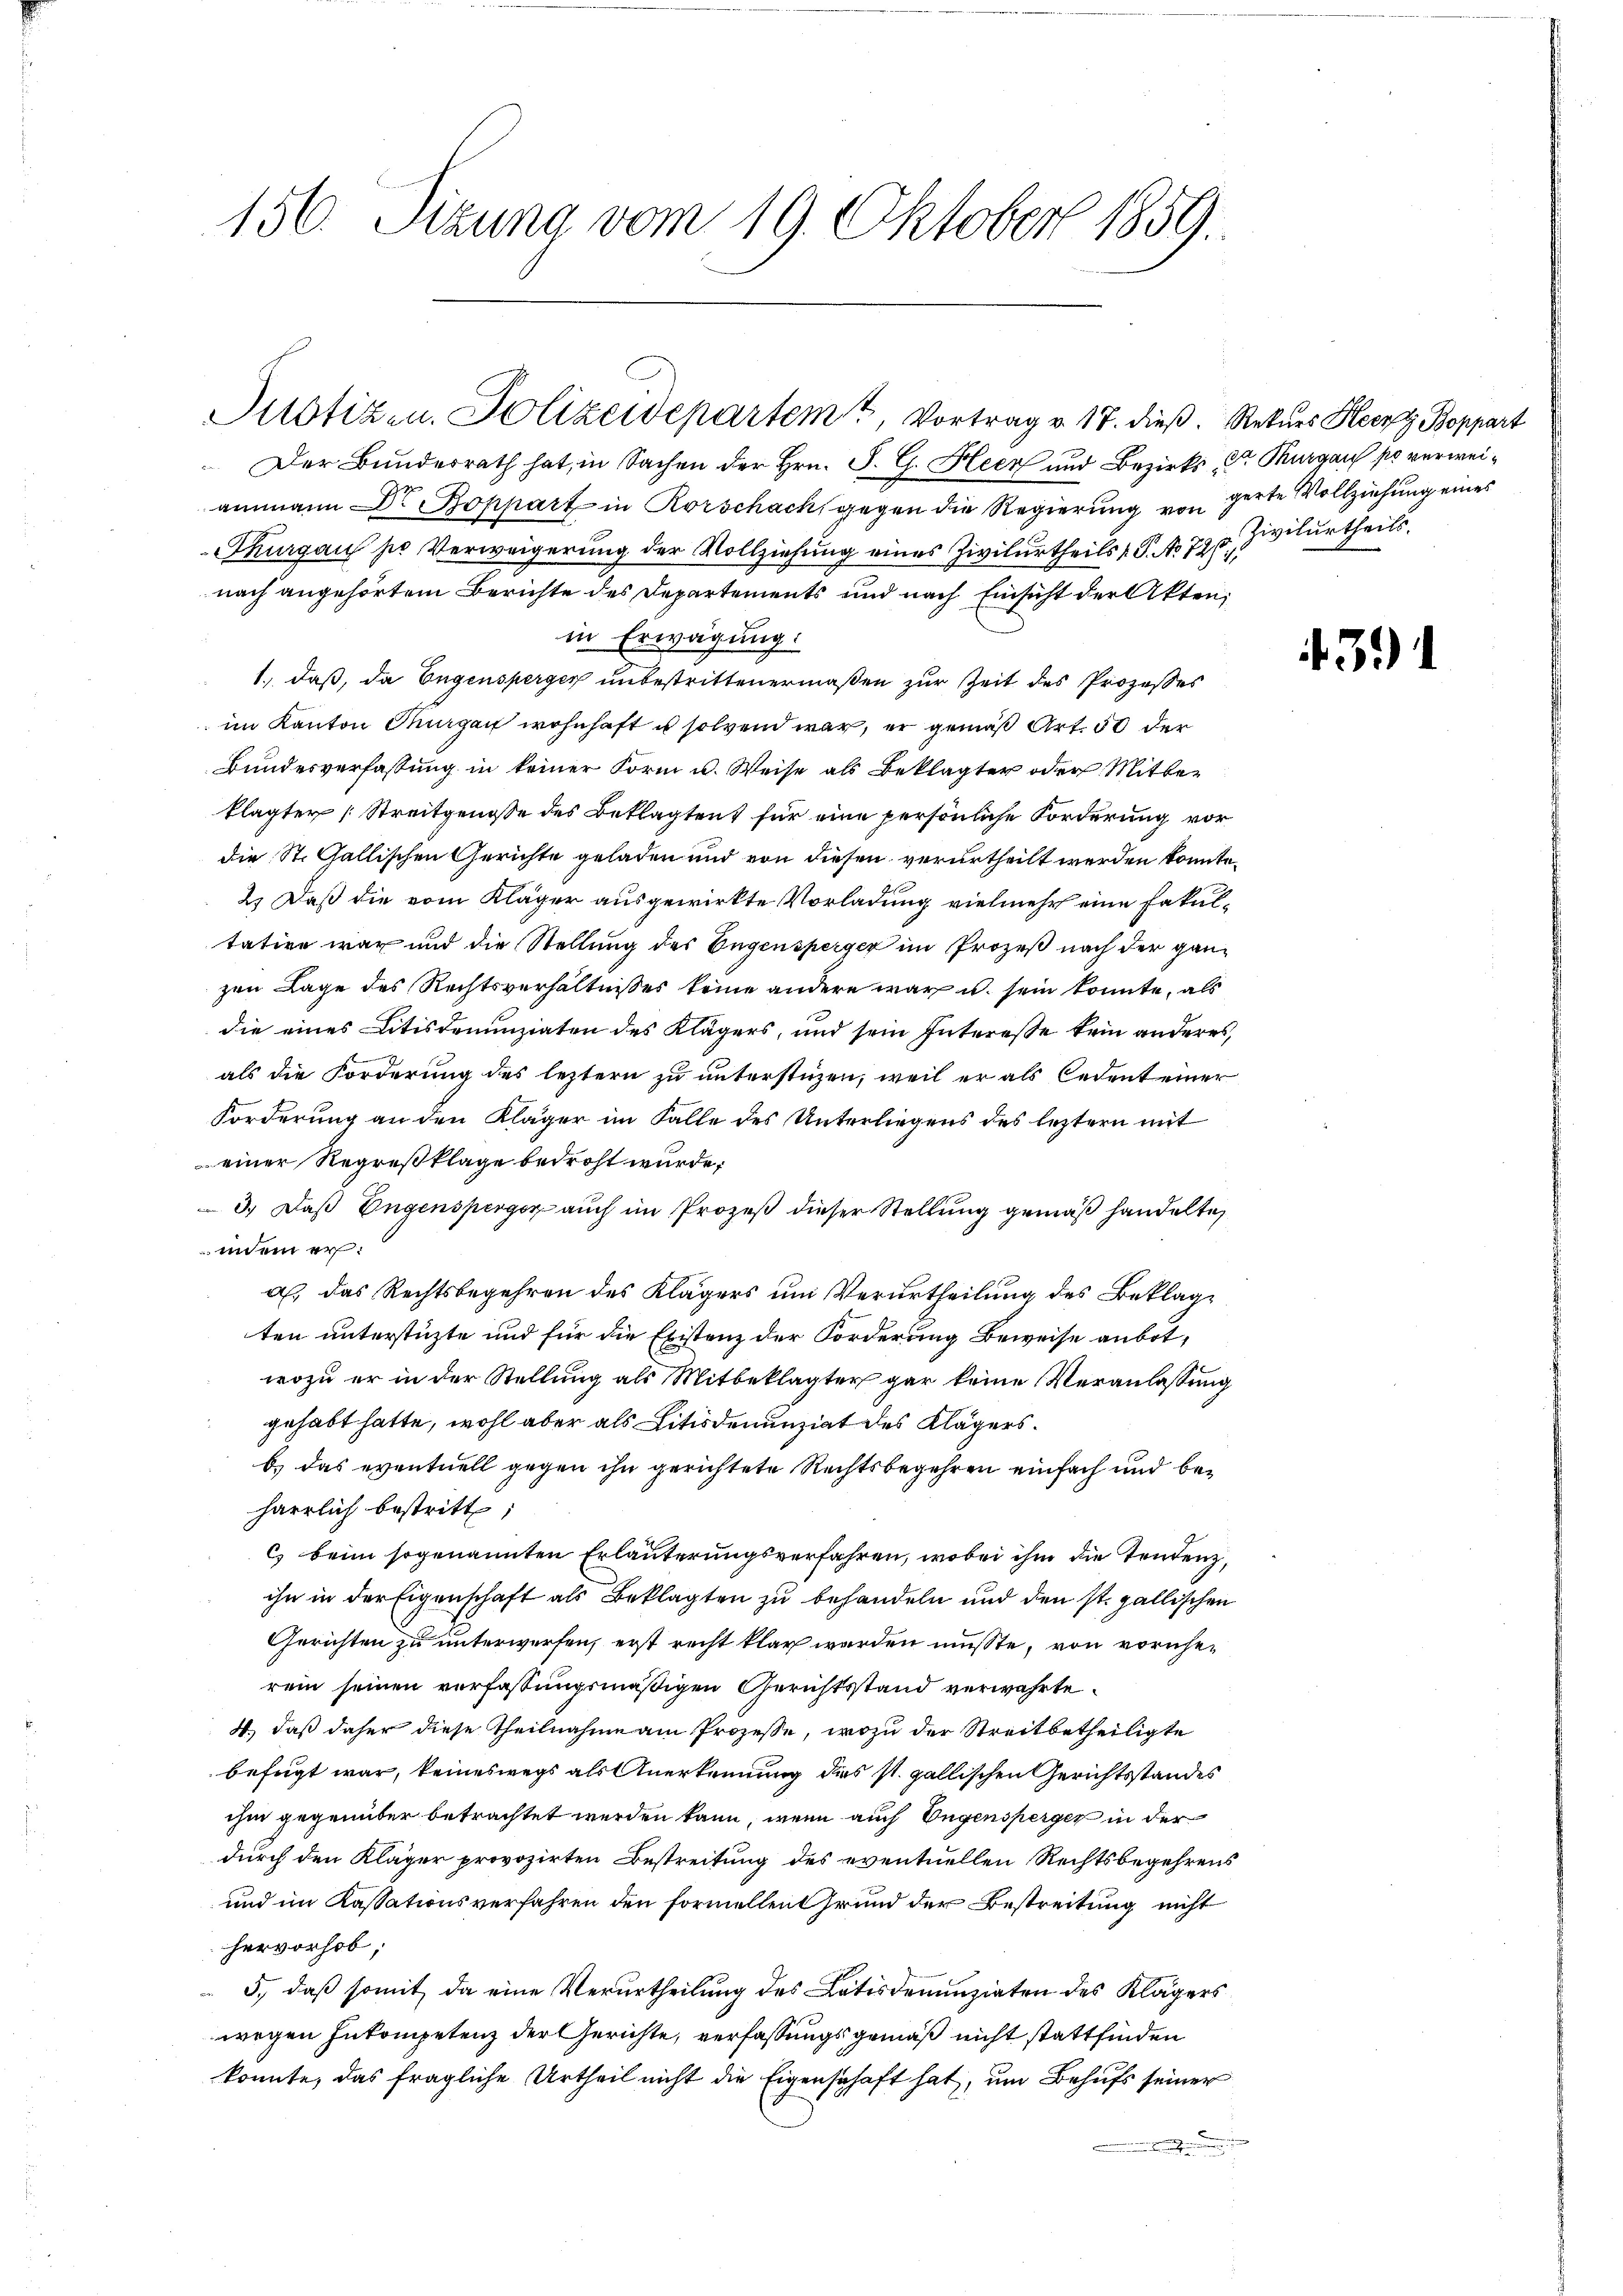
156. Sizung vom 19. Oktober 1859.

Justizen. Polizeidepartemt, Vortrag v. 17. dieß. Rekurs Heere Boppart

Der Bunderrath hat, in Sachen der Hrn. P. G. Heer und Bezirks, der Thurgau so verweiammann Dr. Boppart in Rorschack, gegen die Regierung von gerte Vollziehung eines
Thurgau so Verweigerung der Vollziehung eines Zivilurtheils 1 S. No 720. Zivilurtheils.
nach angehörtem Berichte des Departements und nach Einsicht der Akten,
in Erwägung:
1., daß, da Engensperger unbestrittenermaßen zur Zeit des Prozesses
im Kanton Hungen wohnhaft u solvend war, er gemäß Art. 50 der
Bundesverfassung in keiner Form u. Weise als Beklagter oder Mitter
klagter Streitgenosse des Beklagten für eine persönliche Forderung vor
die St. Gallischen Gerichte geladen und von diesen verurtheilt werden könnte
2.) Daß die vom Kläger ausgewirkte Vorladung vielmehr eine Fakultation war und die Stellung des Eugensperger im Prozeß nach der ganzen Lage des Rechtsverhältnisses keine andern war u. sein konnte, als
die eines Litisdenunziaten des Klägers, und sein Interesse kein anderes,
als die Forderung des leztern zu unterstüzen, weil er als Cedent einer
Forderung an den Kläger im Falle des Unterliegens des leztern mit
einer Regreßklage bedroht wurde;
3.) Daß Engensperger auch im Prozeß dieser Stellung gemäß handelte,
indem er
a. das Rechtsbegehren des Klägers um Verurtheilung des Beklagten unterstüzte und für die Existenz der Forderung Beweise anbotwozu er in der Stellung als Mitbeklagter gar keine Veranlassung
gehabt hatte, wohl aber als Litisdenunziat des Klägers.
b) das eventuell gegen ihn gerichtete Rechtsbegehren einfach und beharrlich bestritt;
C. beim sogenannten Erläuterungsverfahren, wobei ihm die Tendenz,
ihn in der Eigenschaft als Beklagten zu behandeln und den st. gallischen
Gerichten zu unterwerfen, erst recht klar werden müsste, von voreherein seinen verfassungsmäßigen Gerichtsstand verwahrte
4., daß daher diese Theilnahme am Prozesse, wozu der Streitbetheiligte
befugt war, keineswegs als Anerkennung des st. gallischen Gerichtsstandes
ihm gegenüber betrachtet werden kann, wenn auch Eugensperger in der
durch den Kläger provozirten Bestreitung des eventuellen Rechtsbegehrens
und im Kassationsverfahren den formellen Grund der Bestreitung nicht
hervorhob,
5., daß somit, da eine Verurtheilung des Latisdenunziaten des Klägers
wegen Inkompetenz der Gerichte, verfassungsgemäß nicht stattfinden
konnte, das fragliche Urtheil nicht die Eigenschaft hat, um Behufs seiner
n

391